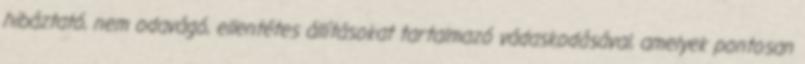
hibáztató, nem odavágó, ellentétes állításokat tartalmazó vádaskodásával, amelyek pontosan